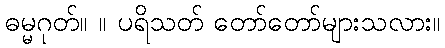
ဓမ္မဂုတ်။ ။ ပရိသတ် တော်တော်များသလား။